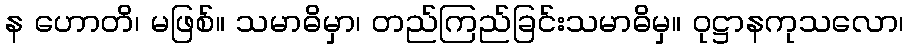
န ဟောတိ၊ မဖြစ်။ သမာဓိမှာ၊ တည်ကြည်ခြင်းသမာဓိမှ။ ဝုဋ္ဌာနကုသလော၊